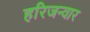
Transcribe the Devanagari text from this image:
हरिजन्वार